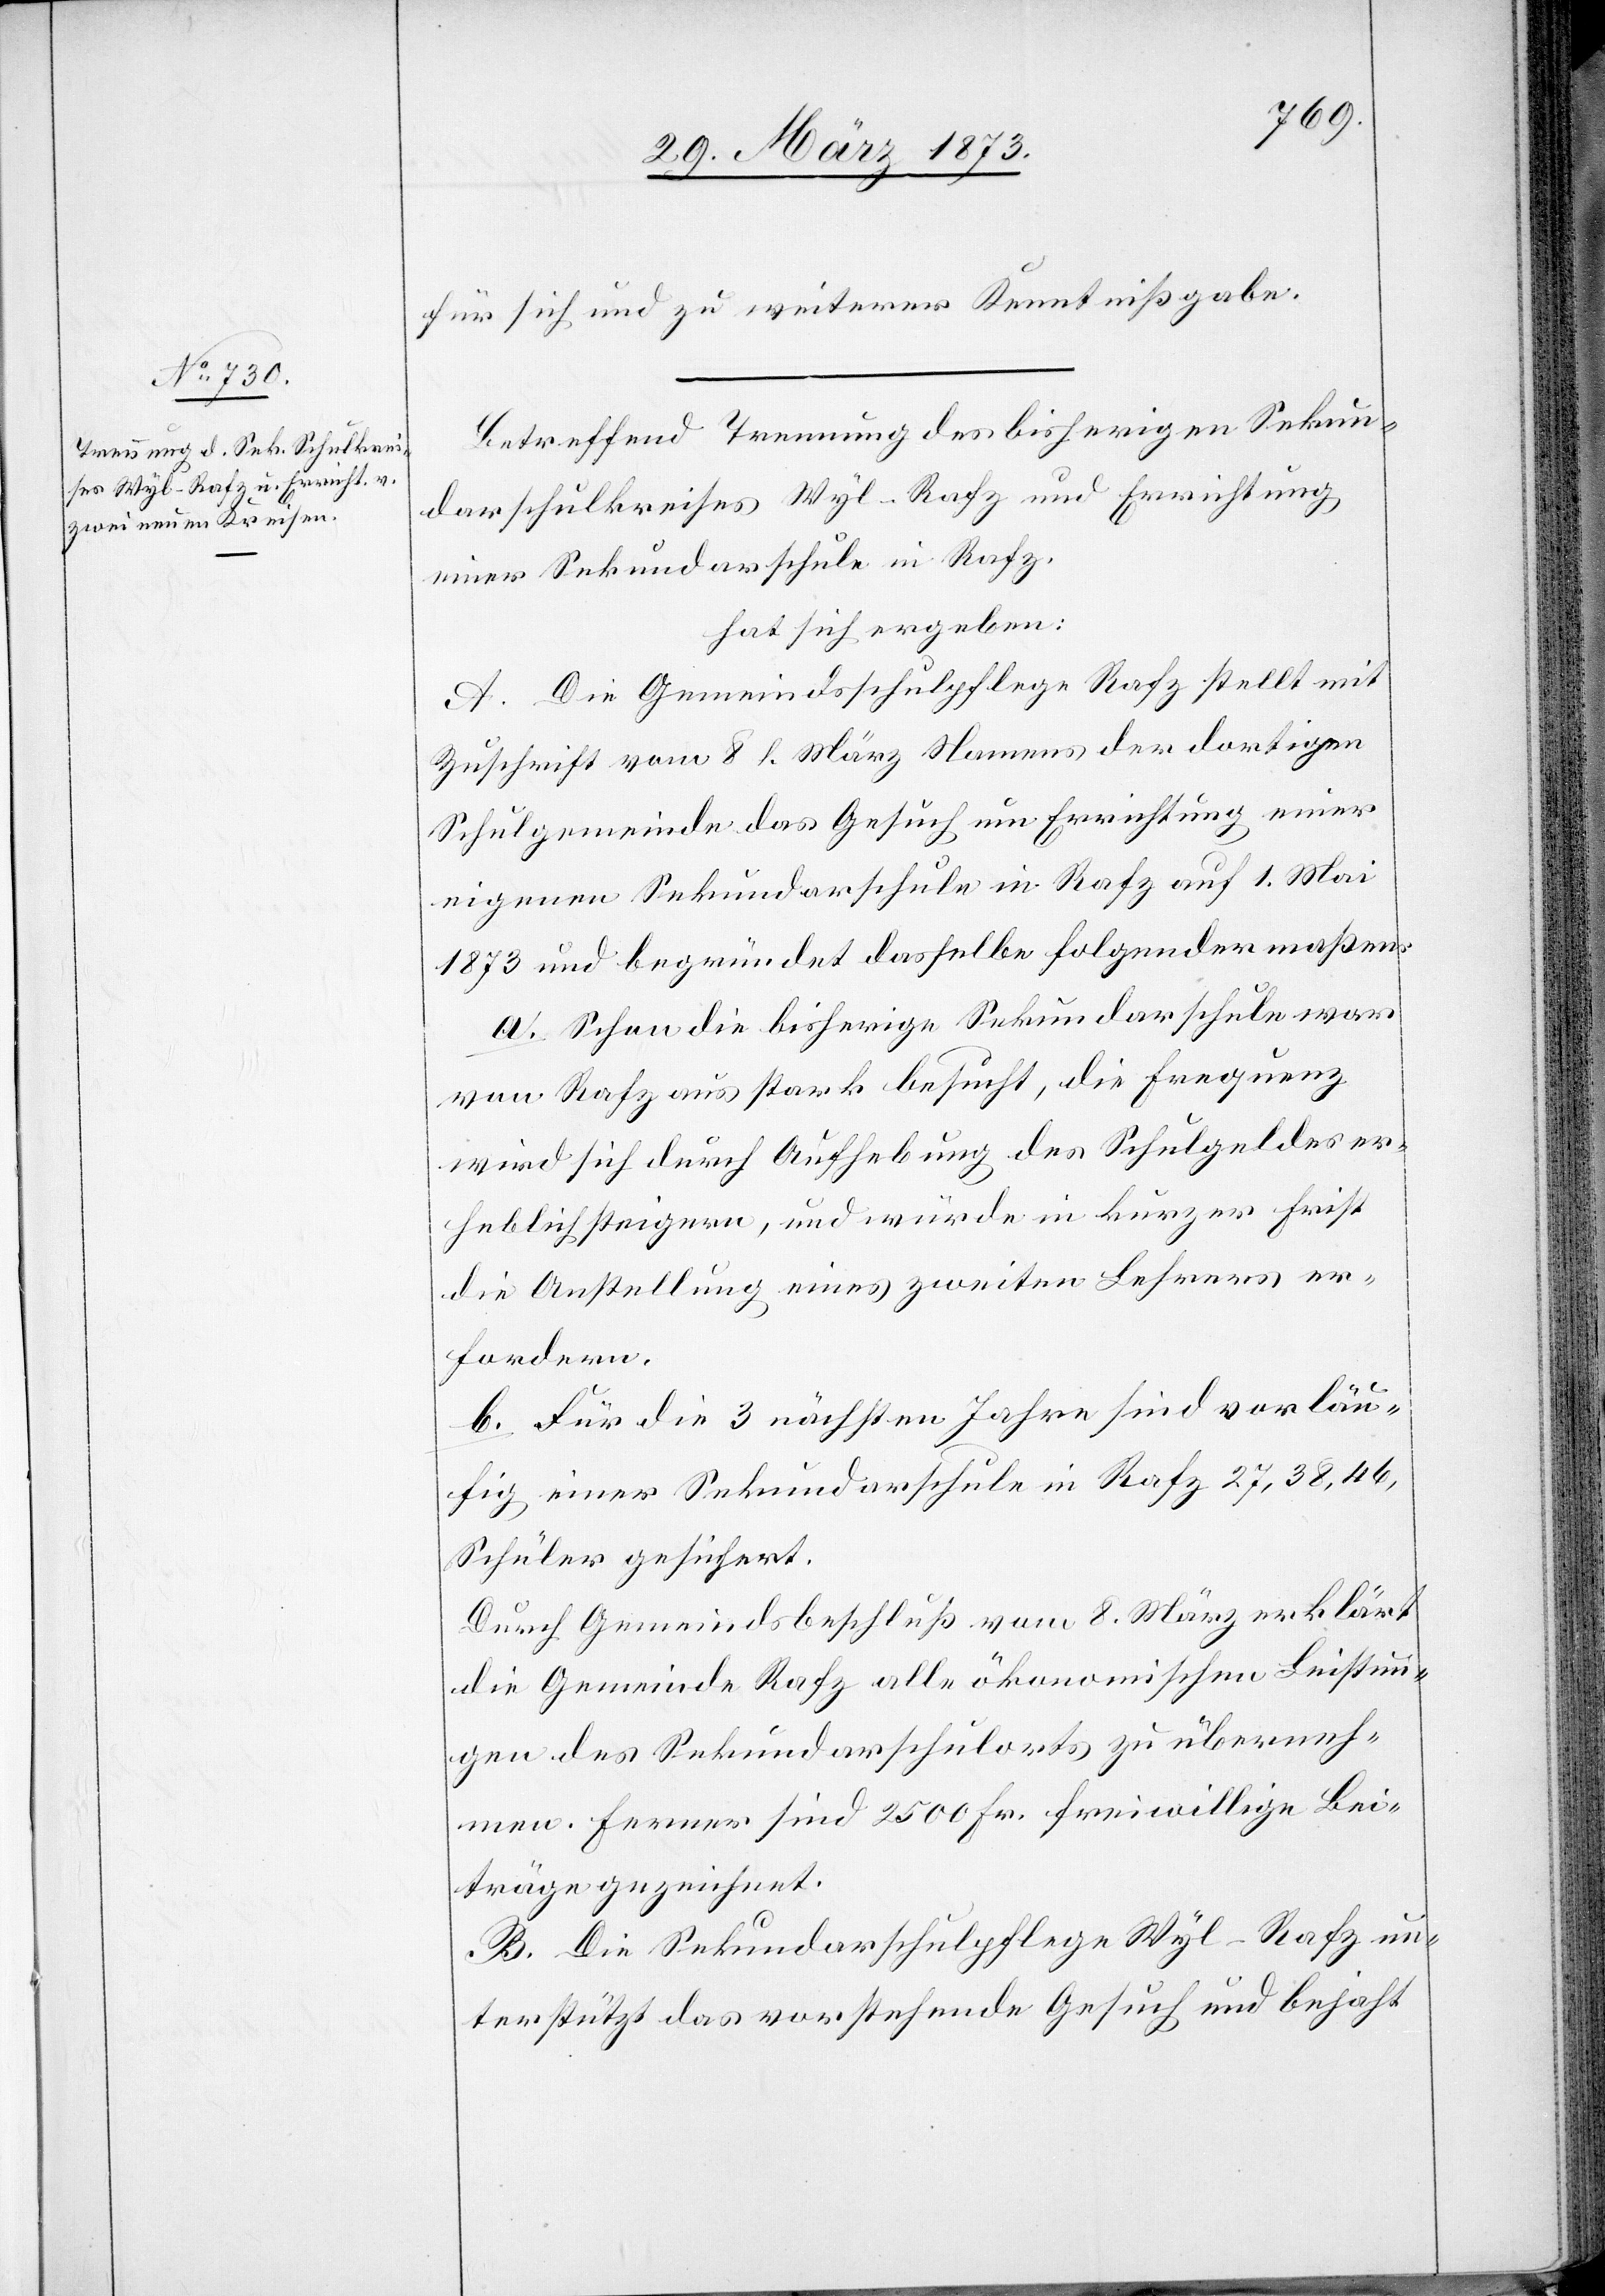
für sich und zu weiterer Kenntnißgabe.
Betreffend Trennung des bisherigen Sekun¬
darschulkreises Wyl-Rafz und Errichtung
einer Sekundarschule in Rafz,
hat sich ergeben:
A. Die Gemeindsschulpflege Rafz stellt mit
Zuschrift vom 8. l. März [sic!] Namens der dortigen
Schulgemeinde das Gesuch um Errichtung einer
eigenen Sekundarschule in Rafz auf 1. Mai
1873 und begründet dasselbe folgendermaßen:
a. Schon die bisherige Sekundarschule war
von Rafz aus stark besucht, die Frequenz
wird sich durch Aufhebung des Schulgeldes er¬
heblich steigern, und würde in kurzer Frist
die Anstellung eines zweiten Lehrers er¬
fordern.
b. Für die 3 nächsten Jahre sind vorläu¬
fig einer Sekundarschule in Rafz 27, 38, 46,
Schüler gesichert.
Durch Gemeindsbeschluß vom 8. März erklärt
die Gemeinde Rafz alle ökonomischen Leistun¬
gen des Sekundarschulorts zu überneh¬
men. Ferner sind 2500 Fr. freiwillige Bei¬
träge gezeichnet.
B. Die Sekundarschulpflege Wyl-Rafz un¬
terstützt das vorstehende Gesuch und bejaht